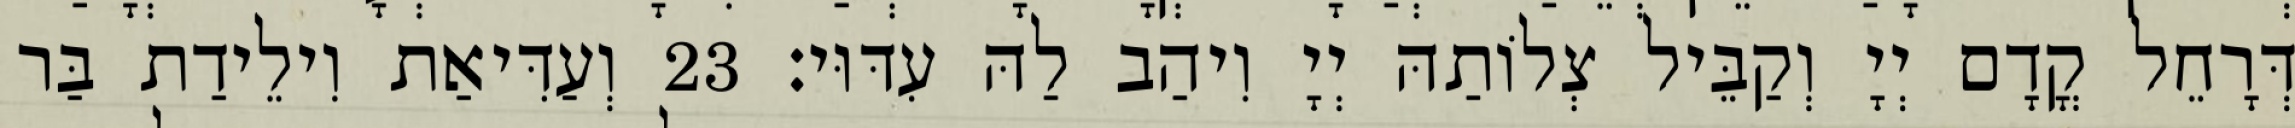
דְּרָחֵל קֳדָם יְיָ וְקַבֵּיל צְלוֹתַהּ יְיָ וִיהַב לַהּ עִדּוּי׃ 23 וְעַדִּיאַת וִילֵידַת בַּר